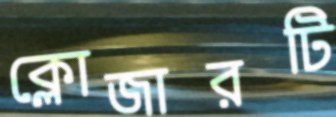
ক্লোজারটি